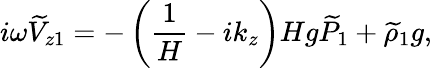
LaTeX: i\omega\widetilde{V}_{z1}=-\left(\frac{1}{H}-ik_{z}\right)Hg\widetilde{P}_{1}+\widetilde{\rho}_{1}g,